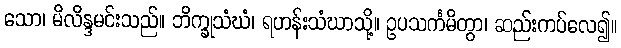
သော၊ မိလိန္ဒမင်းသည်။ ဘိက္ခုသံဃံ၊ ရဟန်းသံဃာသို့။ ဥပသင်္ကမိတွာ၊ ဆည်းကပ်လေ၍။